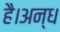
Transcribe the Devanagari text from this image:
है।अन्ध